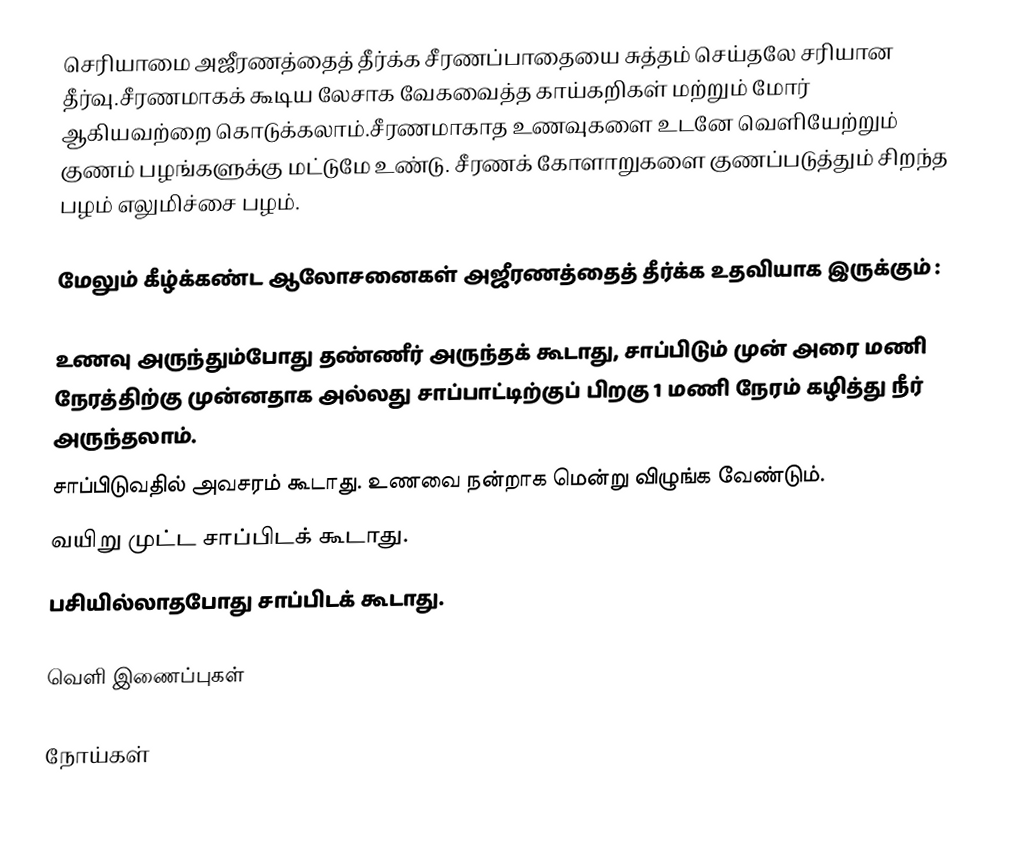
செரியாமை அஜீரணத்தைத் தீர்க்க சீரணப்பாதையை சுத்தம் செய்தலே சரியான தீர்வு.சீரணமாகக் கூடிய லேசாக வேகவைத்த காய்கறிகள் மற்றும் மோர் ஆகியவற்றை கொடுக்கலாம்.சீரணமாகாத உணவுகளை உடனே வெளியேற்றும் குணம் பழங்களுக்கு மட்டுமே உண்டு. சீரணக் கோளாறுகளை குணப்படுத்தும் சிறந்த பழம் எலுமிச்சை பழம்.

மேலும் கீழ்க்கண்ட ஆலோசனைகள் அஜீரணத்தைத் தீர்க்க உதவியாக இருக்கும் :

 உணவு அருந்தும்போது தண்ணீர் அருந்தக் கூடாது, சாப்பிடும் முன் அரை மணி நேரத்திற்கு முன்னதாக அல்லது சாப்பாட்டிற்குப் பிறகு 1 மணி நேரம் கழித்து நீர் அருந்தலாம்.
 சாப்பிடுவதில் அவசரம் கூடாது. உணவை நன்றாக மென்று விழுங்க வேண்டும்.
 வயிறு முட்ட சாப்பிடக் கூடாது.
 பசியில்லாதபோது சாப்பிடக் கூடாது.

வெளி இணைப்புகள்

நோய்கள்